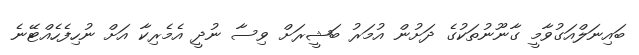
ބައިނަލްއަގުވާމީ ގާނޫނުތަކުގެ ދަށުން އުމަރު ބަޝީރަށް ވިސާ ނުދީ އެމެރިކާ އަށް ނުހިފެހެއްޓޭނެ